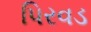
પિરવડ